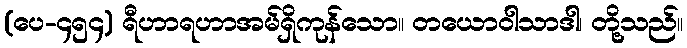
(ပေ-၄၅၄) ရီဟာရဟာအမ်ရှိကုန်သော။ တယောဝါသာဒါ၊ တို့သည်။